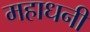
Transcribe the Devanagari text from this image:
महाधनी